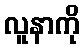
လူနာကို